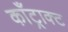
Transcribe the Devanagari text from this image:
काँट्राक्ट